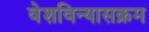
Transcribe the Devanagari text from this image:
वेशविन्यासक्रम